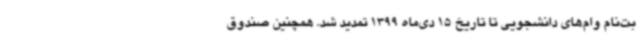
بت‌نام وام‌های دانشجویی تا تاریخ 15 دی‌ماه 1399 تمدید شد. همچنین صندوق